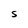
Character: S